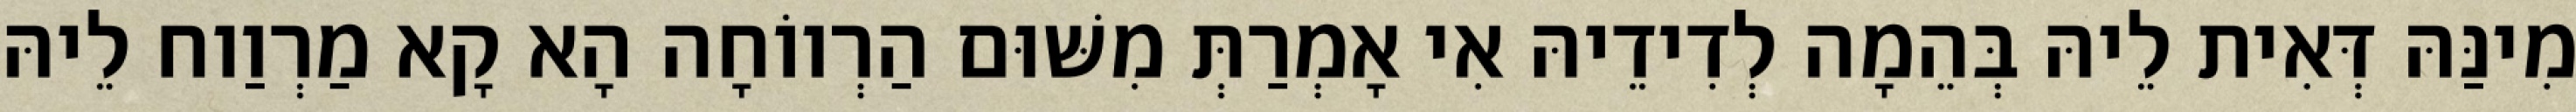
מִינַּהּ דְּאִית לֵיהּ בְּהֵמָה לְדִידֵיהּ אִי אָמְרַתְּ מִשּׁוּם הַרְווֹחָה הָא קָא מַרְוַוח לֵיהּ